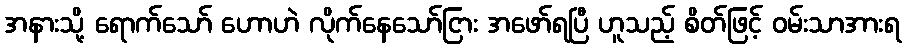
အနားသို့ ရောက်သော် ဟောဟဲ လိုက်နေသော်ငြား အဖော်ရပြီ ဟူသည့် စိတ်ဖြင့် ဝမ်းသာအားရ